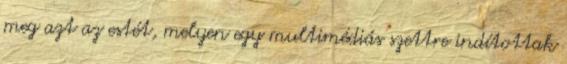
meg azt az estét, melyen egy multimédiás szettre indítottak